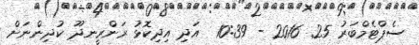
ސެޕްޓެމްބަރު 25